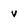
Character: v